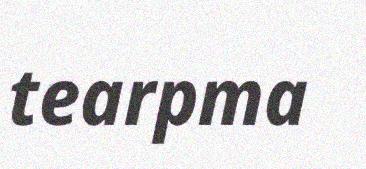
tearpma